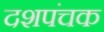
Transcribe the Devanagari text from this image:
दशपंचक